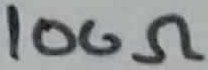
Text: 100Ω